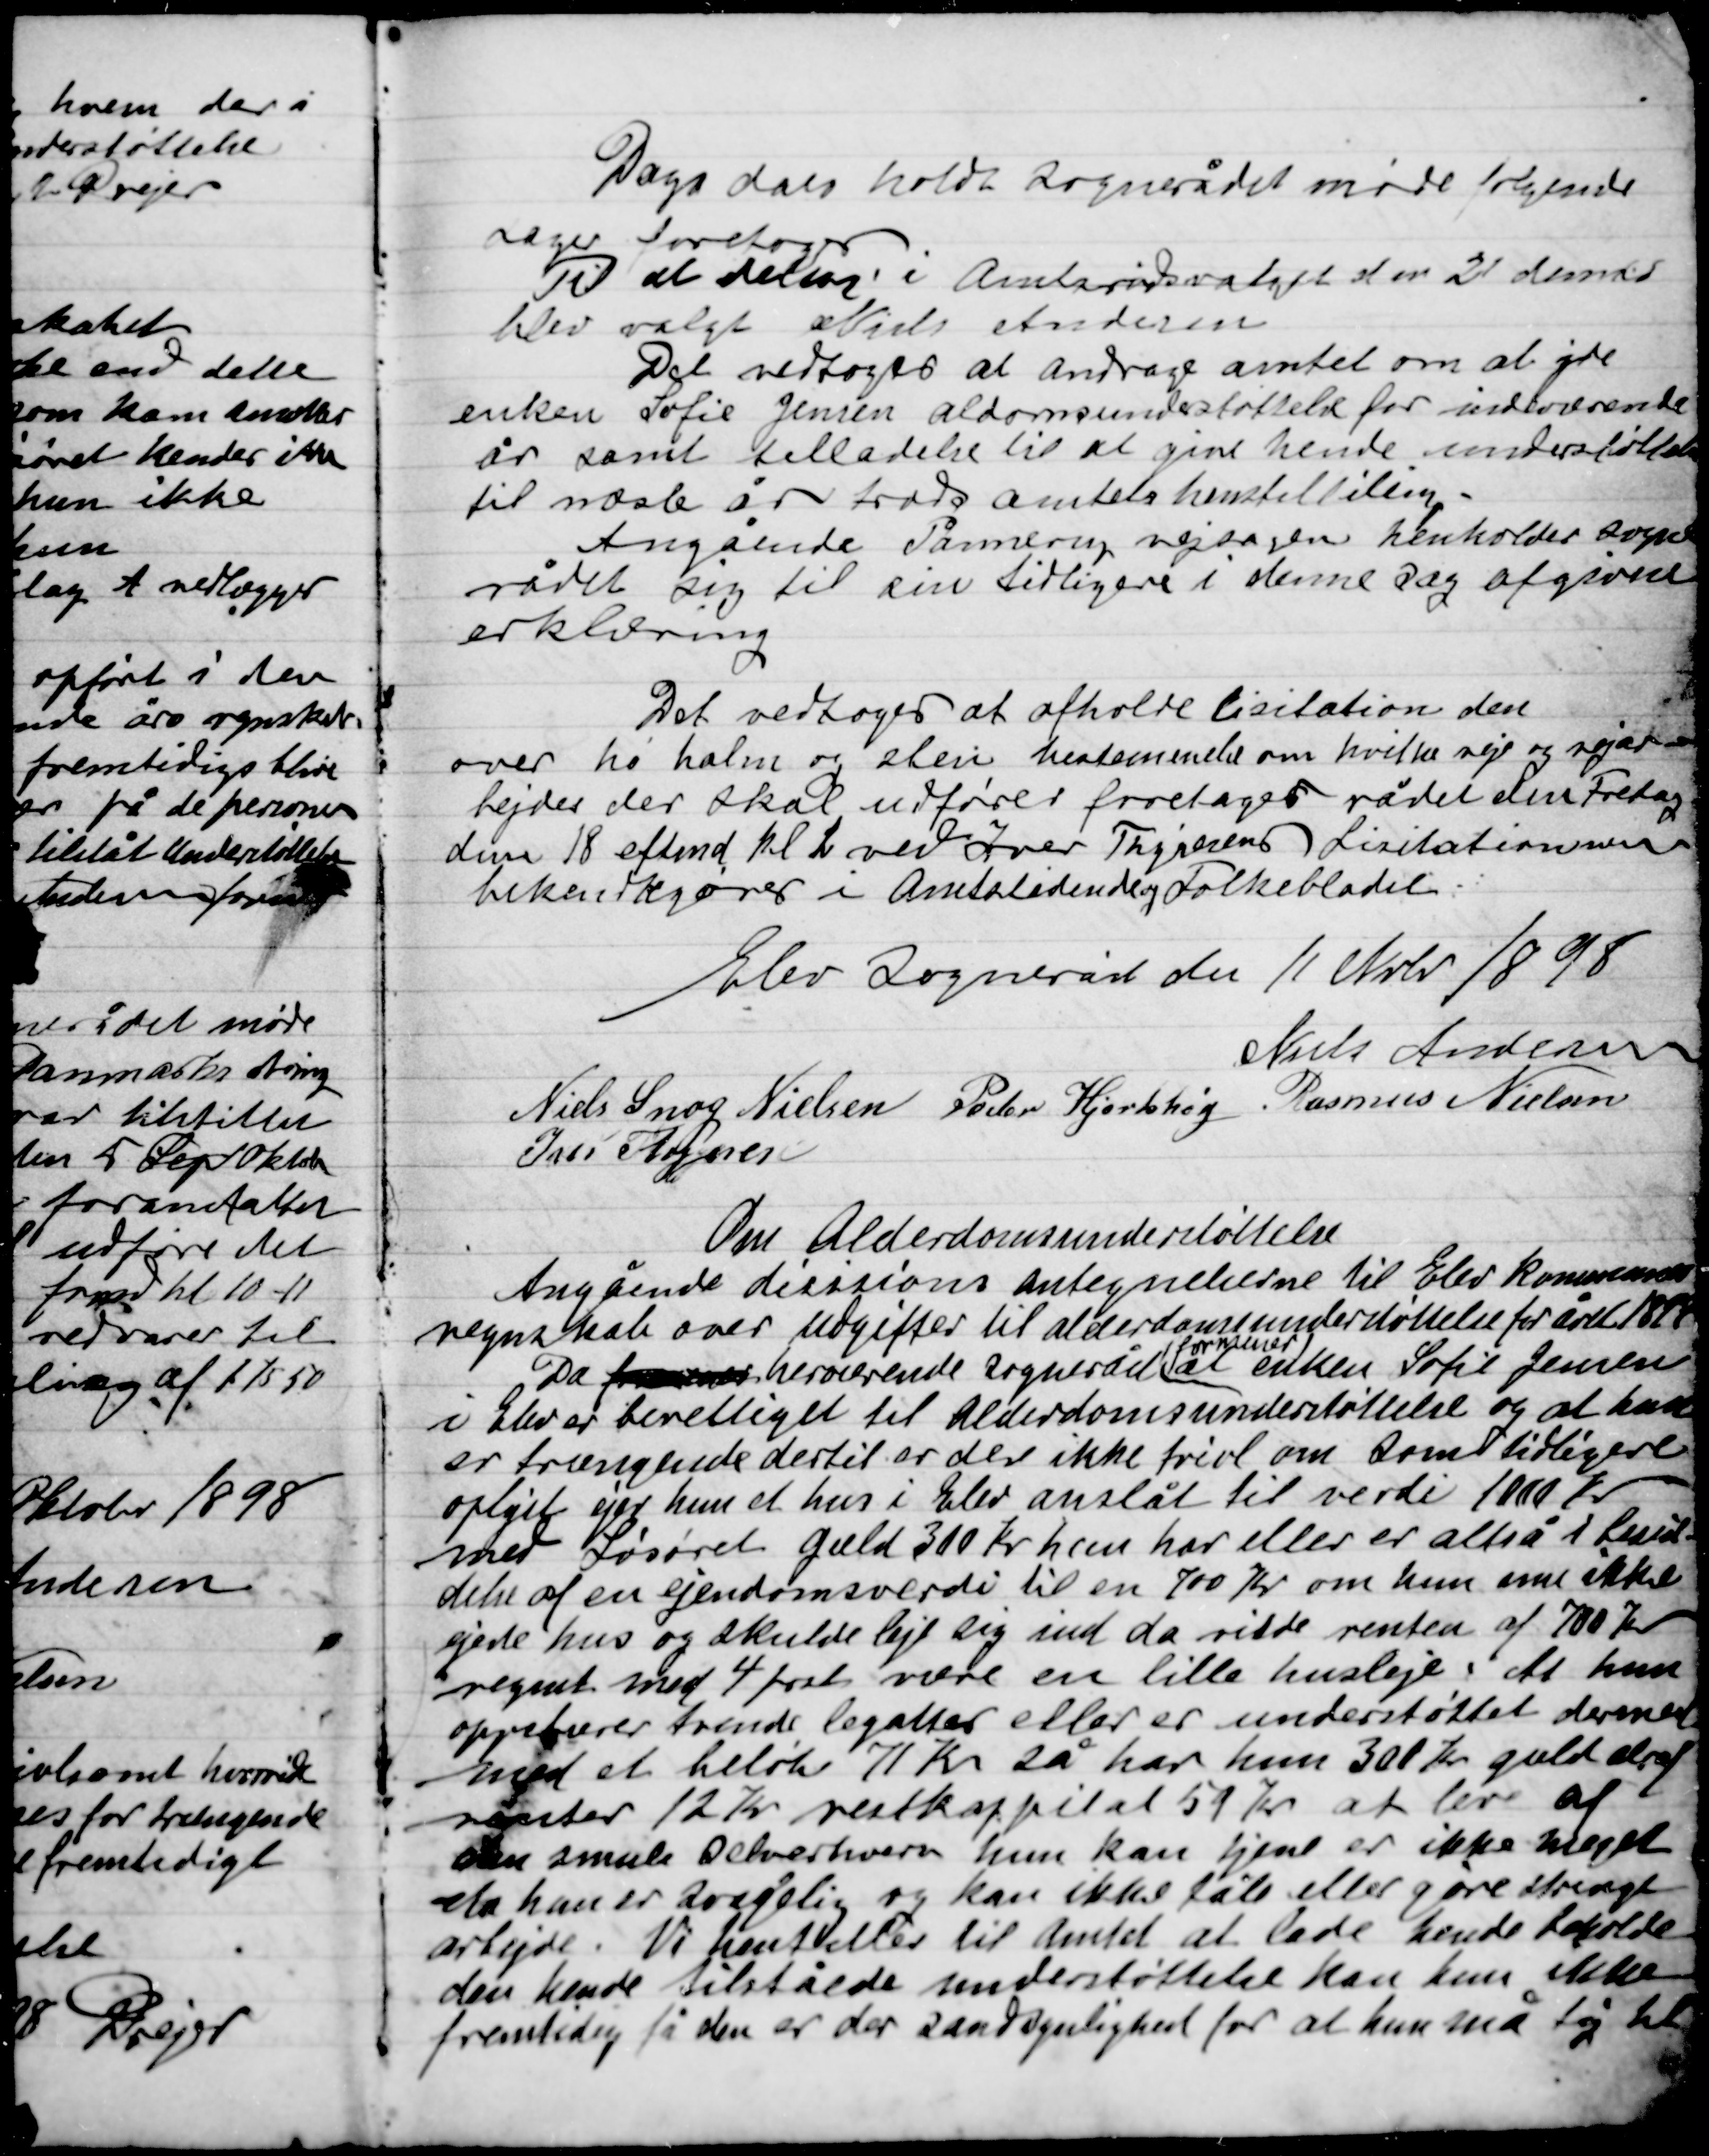
Transskription:
Dags dato holdt Sognerådet møde følgende
Sager foretoges.
Til at deltage i amtsrådsvalget den 21 dennes
blev valgt Niels Andersen.
Det vedtoges at andrage amtet om at yde
enken Sofie Jensen alderdomsunderstøttelse for indeværende
år samt tilladelse til at give hende understøttelse
til næste år trods Amtets henstilling.
Angående Pannerup vejen henholder Sogne-
rådet sig til sin tidligere i denne sag afgivene
erklæring.

Det vedtoges at afholde Licitation den
over hø halm og sten bestemmelse om hvilke veje og vejar-
bejder der skal udføres foretager rådet den Fredag
den 18 eftemd. Kl 2 ved Ivar Thygesens Licitationen
bekendtgøres i Amtstidende og Folkebladet

Elev Sogneråd den 11 Nov 1898

Niels Andersen
Niels Snog Nielsen
Peder Hjortshøj
Rasmus Nielsen
Ivar Thygesen

Om Alderdomsunderstøttelse
Angående disisions antegnelserne til Elev Kommune
regnskab over udgifter til alderdomsunderstøttelse for året 1899
Da forværende herværende Sogneråd
formener
at enken Sofie Jensen
i Elev er berettiget til Alderdomsunderstøttelse og at hun
er trængende dertil er der ikke tvivl om samt tidligere
oplyst ejer hun et hus i Elev anslået til værdi 1000 Kr.
med løsøret gæld 310 Kr. hun har eller er altså i besi-
delse af en ejendomsværdi til en 700 Kr. om hun nu ikke
ejede hus og skulde leje sig ind da ville renten af 700 Kr.
regnet med 4 Procent være en lille husleje at hun
oppebærer trende legater eller er understøttet dermed
med et beløb 71 Kr. så har hun 300 Kr. gæld deraf
renter 12 Kr. restkapital 59 Kr. at leve af
den smule selverhverv hun kan tjene er ikke meget
eksta hun er svagelig og kan ikke tåle eller gøre strengt
arbejde. Vi henstiller til Amtet at lade hende beholde
den hende tilståede understøttelse kan hun ikke
fremtidig få den er der sandsynlighed for at hun må ty til